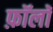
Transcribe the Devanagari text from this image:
फ़ॉलॉ